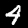
Label: 4